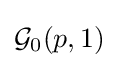
{\mathcal {G}}_{0}(p,1)